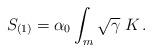
LaTeX: \begin{align*}S_{(1)} = \alpha_0 \int_m \sqrt{\gamma} \; K\,.\end{align*}